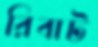
রিবাট